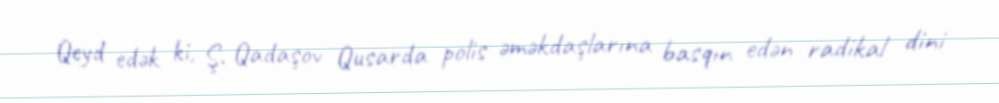
Qeyd edək ki, Ş. Qadaşov Qusarda polis əməkdaşlarına basqın edən radikal dini